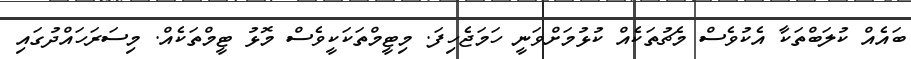
ބައެއް ކުލަބްތަކާ އެކުވެސް މެޗުތަކެއް ކުޅުމަށްވަނީ ހަމަޖެހިފަ. މިޓީމްތަކަކީވެސް މޮޅު ޓީމްތަކެއް. މިސަރަހައްދުގައި